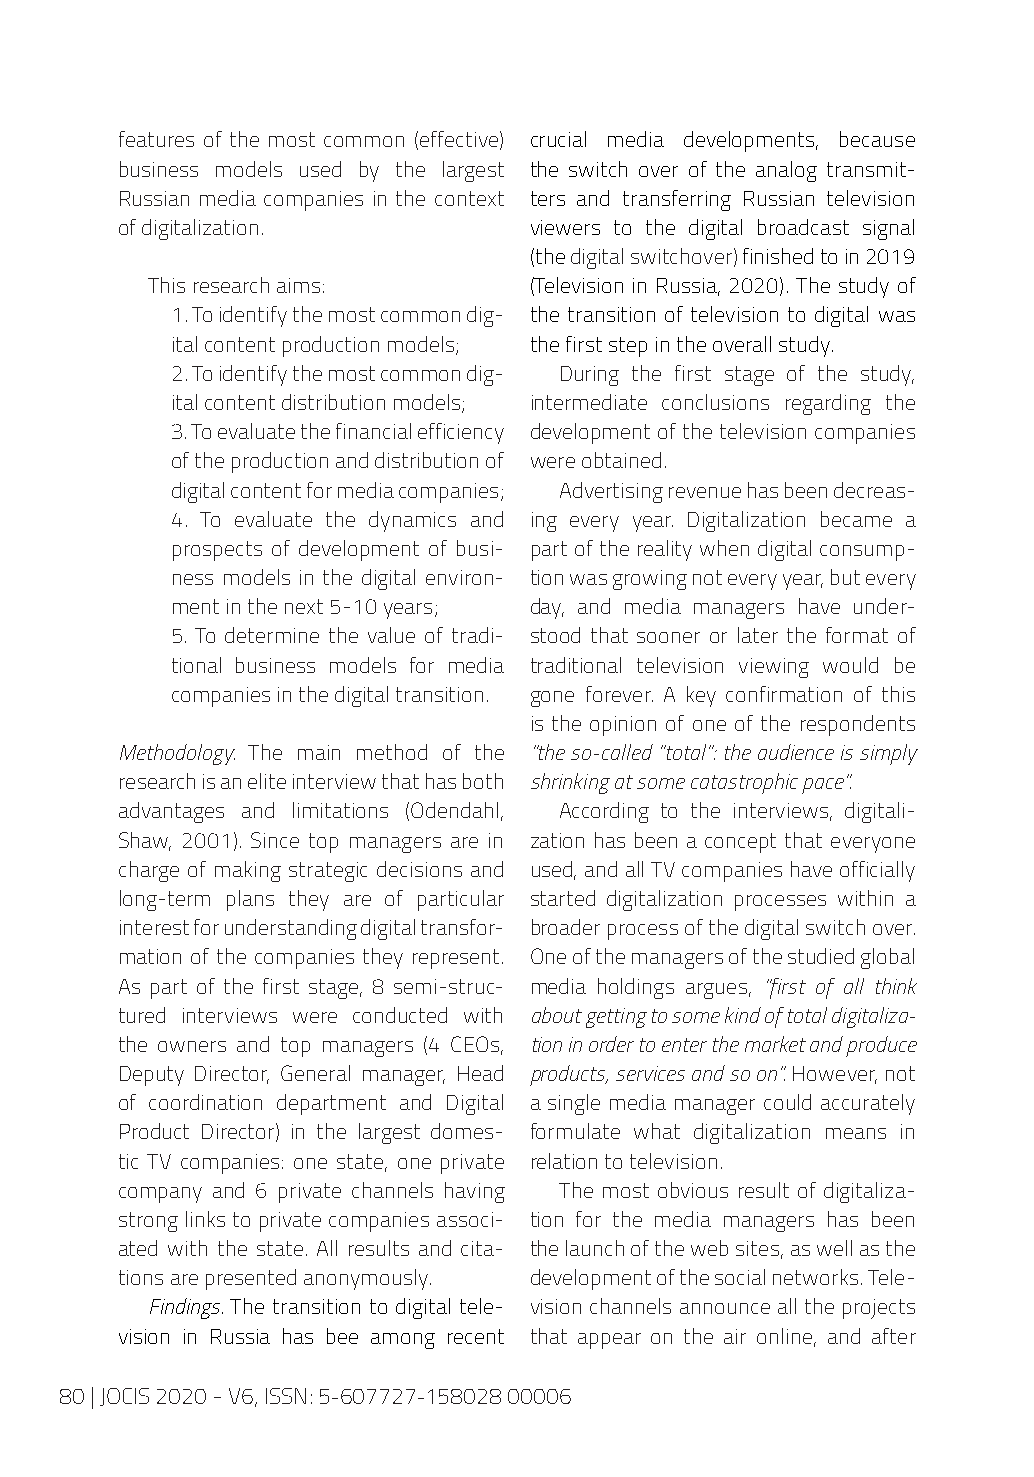
features of the most common (effective) crucial media developments, because
 business models used by the largest the switch over of the analog transmit-
 Russian media companies in the context ters and transferring Russian television
 of digitalization.         viewers to the digital broadcast signal
 (the digital switchover) finished to in 2019
 This research aims:      (Television in Russia, 2020). The study of
 1. To identify the most common dig- the transition of television to digital was
 ital content production models; the first step in the overall study.
 2. To identify the most common dig- During the first stage of the study,
 ital content distribution models; intermediate conclusions regarding the
 3. To evaluate the financial efficiency development of the television companies
 of the production and distribution of were obtained.
 digital content for media companies; Advertising revenue has been decreas-
 4. To evaluate the dynamics and ing every year. Digitalization became a
 prospects of development of busi- part of the reality when digital consump-
 ness models in the digital environ- tion was growing not every year, but every
 ment in the next 5-10 years; day, and media managers have under-
 5. To determine the value of tradi- stood that sooner or later the format of
 tional business models for media traditional television viewing would be
 companies in the digital transition. gone forever. A key confirmation of this
 is the opinion of one of the respondents
 Methodology. The main method of the “the so-called “total”: the audience is simply
 research is an elite interview that has both shrinking at some catastrophic pace”.
 advantages and limitations (Odendahl, According to the interviews, digitali-
 Shaw, 2001). Since top managers are in zation has been a concept that everyone
 charge of making strategic decisions and used, and all TV companies have officially
 long-term plans they are of particular started digitalization processes within a
 interest for understanding digital transfor- broader process of the digital switch over.
 mation of the companies they represent. One of the managers of the studied global
 As part of the first stage, 8 semi-struc- media holdings argues, “first of all think
 tured interviews were conducted with about getting to some kind of total digitaliza-
 the owners and top managers (4 CEOs, tion in order to enter the market and produce
 Deputy Director, General manager, Head products, services and so on”. However, not
 of coordination department and Digital a single media manager could accurately
 Product Director) in the largest domes- formulate what digitalization means in
 tic TV companies: one state, one private relation to television.
 company and 6 private channels having The most obvious result of digitaliza-
 strong links to private companies associ- tion for the media managers has been
 ated with the state. All results and cita- the launch of the web sites, as well as the
 tions are presented anonymously. development of the social networks. Tele-
 Findings. The transition to digital tele- vision channels announce all the projects
 vision in Russia has bee among recent that appear on the air online, and after
 80 | JOCIS 2020 - V6, ISSN: 5-607727-158028 00006